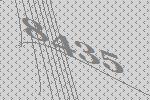
8435